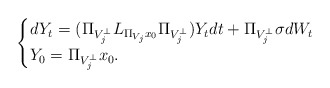
\begin{align*}\begin{cases}dY_t = (\Pi_{V_j^\perp} L_{\Pi_{V_j}x_0} \Pi_{V_j^\perp}) Y_tdt + \Pi_{V_j^\perp}\sigma dW_t \\ Y_0 = \Pi_{V_j^\perp}x_0.\end{cases}\end{align*}